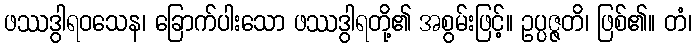
ဖဿဒွါရဝသေန၊ ခြောက်ပါးသော ဖဿဒွါရတို့၏ အစွမ်းဖြင့်။ ဥပ္ပဇ္ဇတိ၊ ဖြစ်၏။ တံ၊